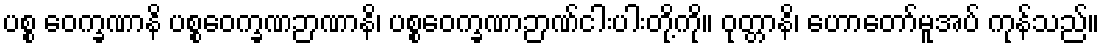
ပစ္စ ဝေက္ခဏာနိ ပစ္စဝေက္ခဏဉာဏာနိ၊ ပစ္စဝေက္ခဏာဉာဏ်ငါးပါးတို့ကို။ ဝုတ္တာနိ၊ ဟောတော်မူအပ် ကုန်သည်။